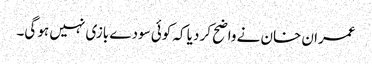
عمران خان نے واضح کر دیا کہ کوئی سودے بازی نہیں ہو گی۔